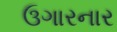
ઉગારનાર